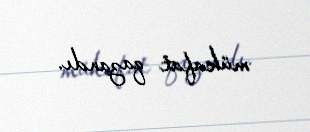
mükafat qazandı.